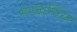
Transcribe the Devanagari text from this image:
सरवाणिया